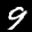
Label: 9